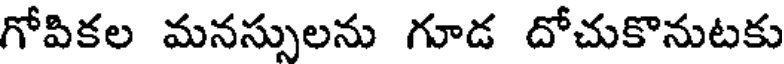
గోపికల మనస్సులను గూడ దోచుకొనుటకు